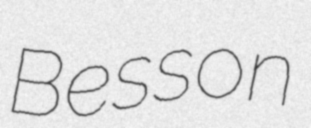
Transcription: Besson